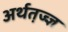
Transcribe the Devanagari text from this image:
अर्थत़ज्ज्ञ